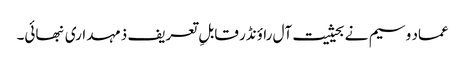
عماد وسیم نے بحیثیت آل راؤنڈر قابلِ تعریف ذمہداری نبھائی۔